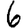
Digit: 6